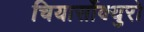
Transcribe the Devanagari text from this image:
चियार्सोक्युरो